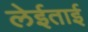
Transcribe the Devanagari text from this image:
लेईताई